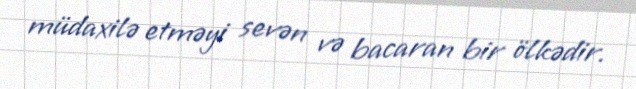
müdaxilə etməyi sevən və bacaran bir ölkədir.